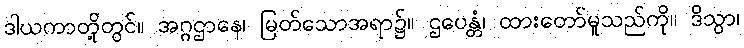
ဒါယကာတို့တွင်။ အဂ္ဂဌာနေ၊ မြတ်သောအရာ၌။ ဌပေန္တံ၊ ထားတော်မူသည်ကို။ ဒိသွာ၊